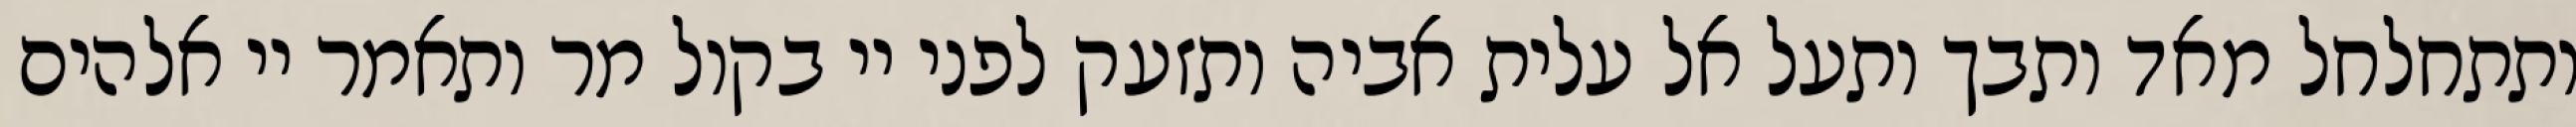
ותתחלחל מאד ותבך ותעל אל עלית אביה ותזעק לפני יי בקול מר ותאמר יי אלהים